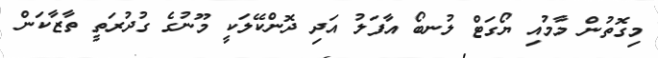
މިގޮތުން މާމުއި ޔޯގަޓް ލުނބޯ އާފަލު އަދި ދޮންކޭލަކީ މޫނުގެ ގުދުރަތީ ތާޒާކަން